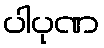
ပါပုဏ